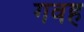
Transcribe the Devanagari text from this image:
गवह